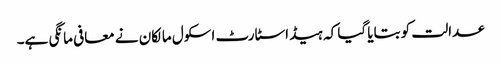
عدالت کو بتایا گیا کہ ہیڈ اسٹارٹ اسکول مالکان نے معافی مانگی ہے۔